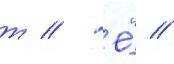
т // Ё́ //